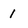
Character: 1